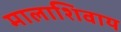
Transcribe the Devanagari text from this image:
मालाशिवाय